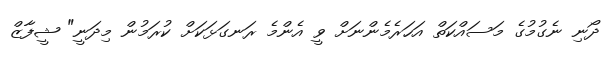
ދޯނި ނެގުމުގެ މަސައްކަތް އަހަރެމެންނަށް ވީ އެންމެ ރަނގަޅަކަށް ކުރަމުން މިދަނީ" ޝީފާޒް